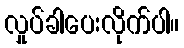
လှုပ်ခါပေးလိုက်ပါ။